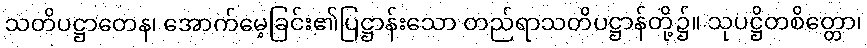
သတိပဋ္ဌာတေန၊ အောက်မေ့ခြင်း၏ပြဋ္ဌာန်းသော တည်ရာသတိပဋ္ဌာန်တို့၌။ သုပဋ္ဌိတစိတ္တော၊